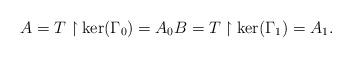
LaTeX: \begin{align*}A = T\upharpoonright\ker(\Gamma_0) = A_0 B = T\upharpoonright\ker(\Gamma_1) = A_1. \end{align*}